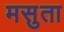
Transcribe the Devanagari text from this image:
मसुता